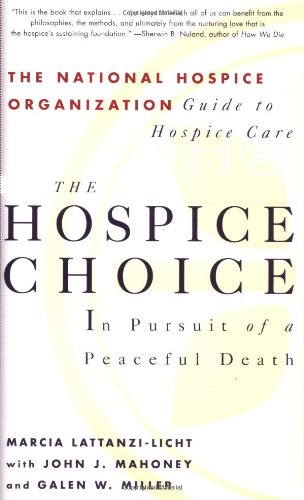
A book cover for The Hospice Choice: In Pursuit of a Peaceful Death; Marcia Lattanzi-Licht; Self-Help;